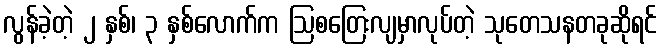
လွန်ခဲ့တဲ့ ၂ နှစ်၊ ၃ နှစ်လောက်က ဩစတြေးလျမှာလုပ်တဲ့ သုတေသနတခုဆိုရင်